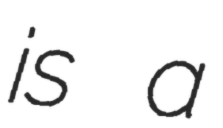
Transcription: is a